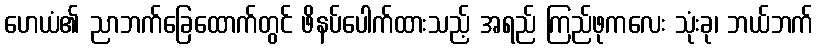
ဟေယံ၏ ညာဘက်ခြေထောက်တွင် ဖိနပ်ပေါက်ထားသည့် အရည် ကြည်ဖုကလေး သုံးခု၊ ဘယ်ဘက်